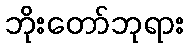
ဘိုးတော်ဘုရား